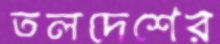
তলদেশের